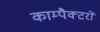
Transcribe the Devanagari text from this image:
काम्पैक्टरों